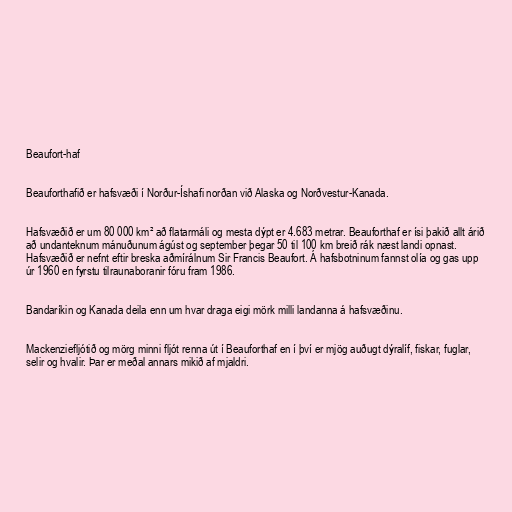
Beaufort-haf

Beauforthafið er hafsvæði í Norður-Íshafi norðan við Alaska og Norðvestur-Kanada.

Hafsvæðið er um 80 000 km² að flatarmáli og mesta dýpt er 4.683 metrar. Beauforthaf er ísi þakið allt árið
að undanteknum mánuðunum ágúst og september þegar 50 til 100 km breið rák næst landi opnast.
Hafsvæðið er nefnt eftir breska aðmírálnum Sir Francis Beaufort. Á hafsbotninum fannst olía og gas upp
úr 1960 en fyrstu tilraunaboranir fóru fram 1986.

Bandaríkin og Kanada deila enn um hvar draga eigi mörk milli landanna á hafsvæðinu.

Mackenziefljótið og mörg minni fljót renna út í Beauforthaf en í því er mjög auðugt dýralíf, fiskar, fuglar,
selir og hvalir. Þar er meðal annars mikið af mjaldri.